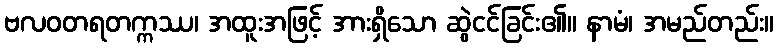
ဗလဝတရတက္ကဿ၊ အထူးအဖြင့် အားရှိသော ဆွဲငင်ခြင်း၏။ နာမံ၊ အမည်တည်း။